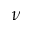
\nu